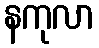
နကုလာ